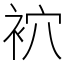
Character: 袕